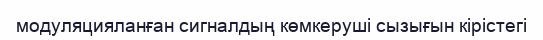
модуляцияланған сигналдың көмкеруші сызығын кірістегі